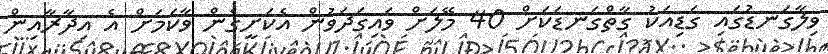
ވިލާގަނޑުގައި ގަޑިއަކު ގާތްގަނޑަކަށް 40 މޭލަށް ވައިގަދަވުން އެކަށީގެން ވާކަމަށް އެ އިދާރާއިން